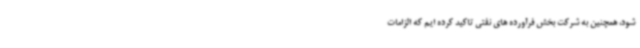
شود، همچنین به شرکت بخش فرآورده های نفتی تاکید کرده ایم که الزامات